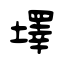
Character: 墿